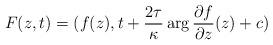
LaTeX: \begin{align*}F(z,t)=(f(z), t+ \frac{2\tau}{\kappa} \arg \frac{\partial f}{\partial z} (z) +c)\end{align*}